Leaving Certificate Examination (including Day School Certificate (Higher) General paper), 1932
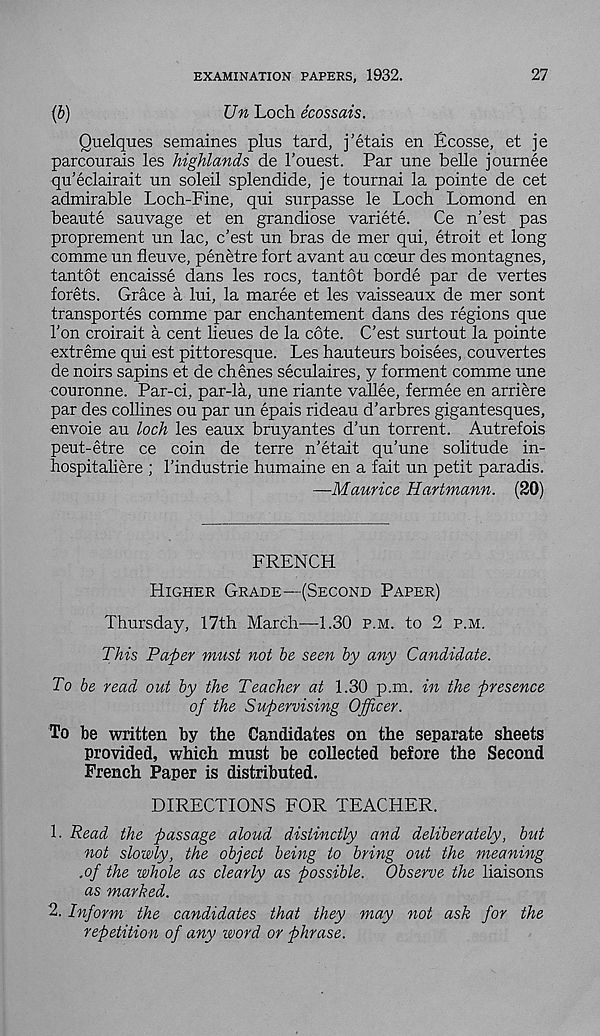
27
EXAMINATION PAPERS, 1932.
(b)
Un Loch ecossais.
Quelques semaines plus tard, j’etais en Ecosse, et je
parcourais les highlands de 1’ouest. Par une belle journee
qu’eclair ait un soleil splendide, je tournai la pointe de cet
admirable Loch-Fine, qui surpasse le Loch Lomond en
beaute sauvage et en grandiose variete. Ce n’est pas
proprement un lac, c’est un bras de mer qui, etroit et long
comme un fleuve, penetre fort avant au cceur des montagnes,
tantot encaisse dans les rocs, tantot borde par de vertes
forets. Grace a lui, la maree et les vaisseaux de mer sont
transportes comme par enchantement dans des regions que
Ton croirait a cent lieues de la cote. C’est surtout la pointe
extreme qui est pittoresque. Les hauteurs boisees, couvertes
de noirs sapins et de chenes seculaires, y ferment comme une
couronne. Par-ci, par-la, une riante vallee, fermee en arriere
par des collines ou par un epais rideau d’arbres gigantesques,
envoie au loch les eaux bruyantes d’un torrent. Autrefois
peut-etre ce coin de terre n’etait qu’une solitude in-
hospitaliere ; 1’industrie humaine en a fait un petit paradis.
—Maurice Hartmann.
(20)
FRENCH
HIGHER GRADE—(SECOND PAPER)
Thursday, 17th March—-1.30 P.M. to 2 P.M.
This Paper must not be seen by any Candidate.
To be read out by the Teacher at 1.30 p.m. in the presence
of the Supervising Officer.
To be written by the Candidates on the separate sheets
provided, which must be collected before the Second
French Paper is distributed.
DIRECTIONS FOR TEACHER.
L Read the passage aloud distinctly and deliberately, but
not slowly, the object being to bring out the meaning
.of the whole as clearly as possible.
Observe the liaisons
as marked.
2. Inform the candidates that they may not ask for the
repetition of any word or phrase.